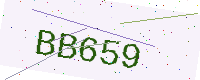
Text: BB659